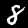
Label: 8